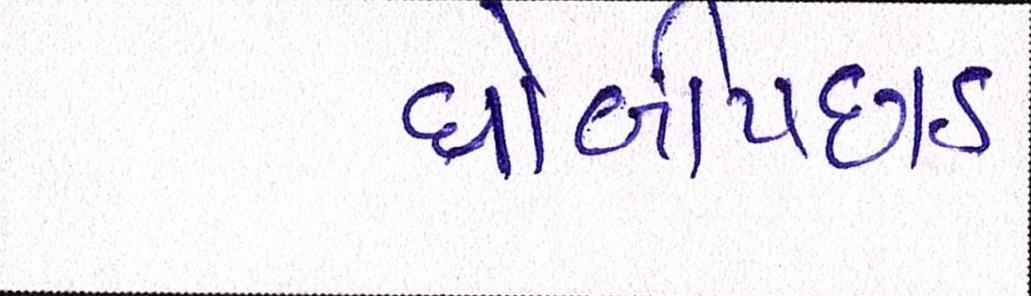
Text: ધોબીપછાડ